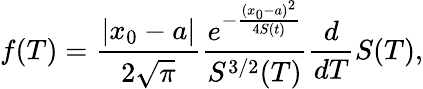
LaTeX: f(T)=\frac{|x_{0}-a|}{2\sqrt{\pi}}\frac{e^{-\frac{(x_{0}-a)^{2}}{4S(t)}}}{S^{3/2}(T)}\frac{d}{dT}S(T),